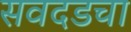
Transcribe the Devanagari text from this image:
सवदडचा